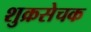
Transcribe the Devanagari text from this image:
शुक्रसेचक